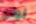
لولاي